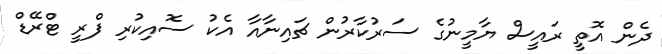
ދެން އޮތީ ރައީސް ޔާމީނުގެ ސަރުކާރުން ޗައިނާއާ އެކު ސޮއިކުރި ފްރީ ޓްރޭޑް